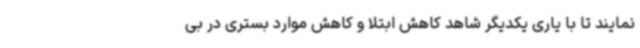
نمایند تا با یاری یکدیگر شاهد کاهش ابتلا و کاهش موارد بستری در بی